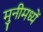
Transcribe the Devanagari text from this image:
मुनीमध्यें